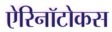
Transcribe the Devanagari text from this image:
ऐरिनॉटोकस